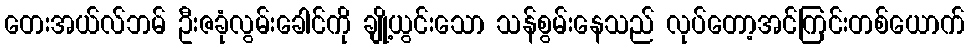
တေးအယ်လ်ဘမ် ဦးဇခုံလွမ်းခေါင်ကို ချို့ယွင်းသော သန်စွမ်းနေသည် လုပ်တော့အင်ကြင်းတစ်ယောက်